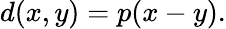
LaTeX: d(x,y)=p(x-y).